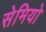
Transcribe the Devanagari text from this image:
सेमियो